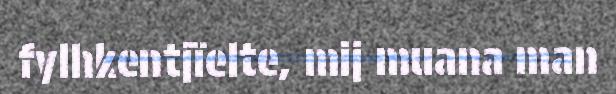
fylhkentjïelte, mij muana man